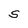
Character: S